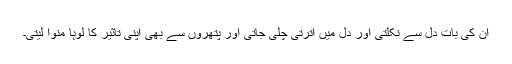
ان کی بات دل سے نکلتی اور دل میں اترتی چلی جاتی اور پتھروں سے بھی اپنی تاثیر کا لوہا منوا لیتی۔